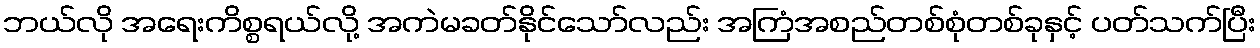
ဘယ်လို အရေးကိစ္စရယ်လို့ အကဲမခတ်နိုင်သော်လည်း အကြံအစည်တစ်စုံတစ်ခုနှင့် ပတ်သက်ပြီး